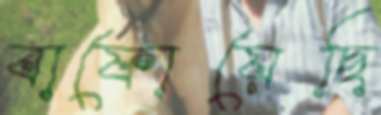
বাফোয়েছি